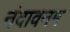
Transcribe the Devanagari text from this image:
नंदावनम